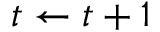
t \gets t + 1